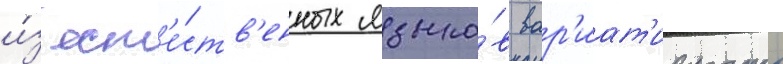
и́з ест'е́ств'енных языко́в вар'иат'ивность